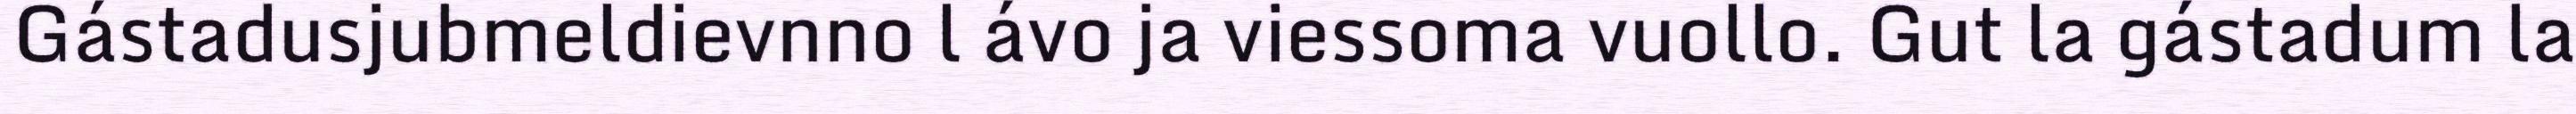
Gástadusjubmeldievnno l ávo ja viessoma vuollo. Gut la gástadum la